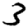
Digit: 3